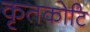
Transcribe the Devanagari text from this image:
कृतकोटि